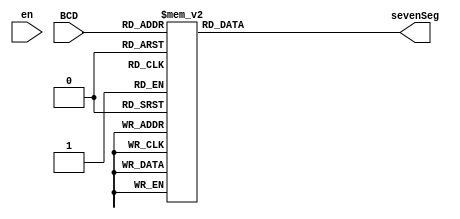
module BCDToHex(
	input en,
	input [3:0] BCD,
	output reg [6:0] sevenSeg);
	
	/*
	sevenSeg is the seven segment display
	switches is the status of the input slide switches
	*/
	
	always @(BCD) begin
		if (en == 0);
			case(BCD)
				4'b0000: sevenSeg = 7'b1000000; // 0
				4'b0001: sevenSeg = 7'b1111001; // 1
				4'b0010: sevenSeg = 7'b0100100; // 2
				4'b0011: sevenSeg = 7'b0110000; // 3
				4'b0100: sevenSeg = 7'b0011001; // 4
				4'b0101: sevenSeg = 7'b0010010; // 5
				4'b0110: sevenSeg = 7'b0000010; // 6
				4'b0111: sevenSeg = 7'b1111000; // 7
				4'b1000: sevenSeg = 7'b0000000; // 8
				4'b1001: sevenSeg = 7'b0010000; // 9
				default: sevenSeg = 7'b1111111; // Shows nothing
			
		endcase
		
	end
	
endmodule